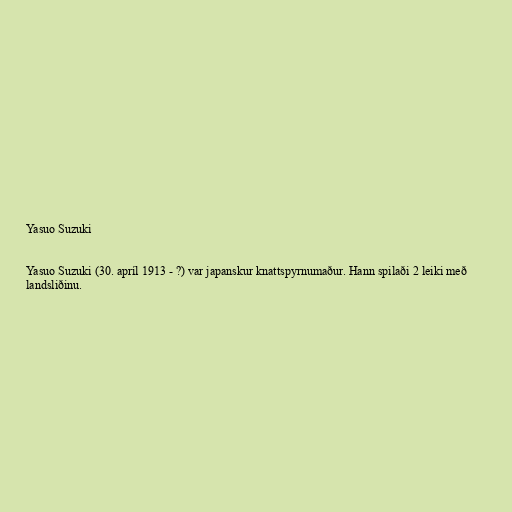
Yasuo Suzuki

Yasuo Suzuki (30. apríl 1913 - ?) var japanskur knattspyrnumaður. Hann spilaði 2 leiki með
landsliðinu.